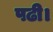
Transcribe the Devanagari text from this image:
पढी।